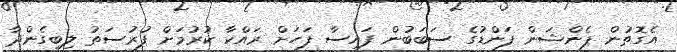
އެގޮތުން ޕެންޝަން ފަންޑުގެ ސަބަބުން ފައިސާ ފަހަށް ރައްކާ ކުރުމަށް ފުރުސަތު ލިބިގެންދާ